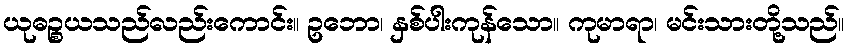
ယုဓဉ္စယသည်လည်းကောင်း။ ဥဘော၊ နှစ်ပါးကုန်သော။ ကုမာရာ၊ မင်းသားတို့သည်။